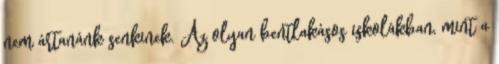
nem ártanánk senkinek. Az olyan bentlakásos iskolákban, mint a